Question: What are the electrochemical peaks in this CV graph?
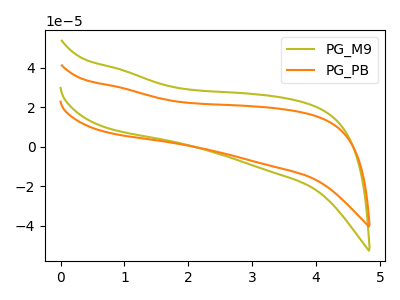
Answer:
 <answer>The olive curve "PG_M9" has no peaks. The orange curve "PG_PB" has no peaks.</answer>
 <eval></eval>